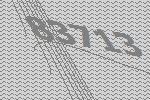
83713